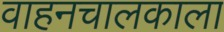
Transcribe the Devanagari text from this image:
वाहनचालकाला